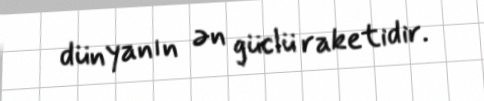
dünyanın ən güclü raketidir.